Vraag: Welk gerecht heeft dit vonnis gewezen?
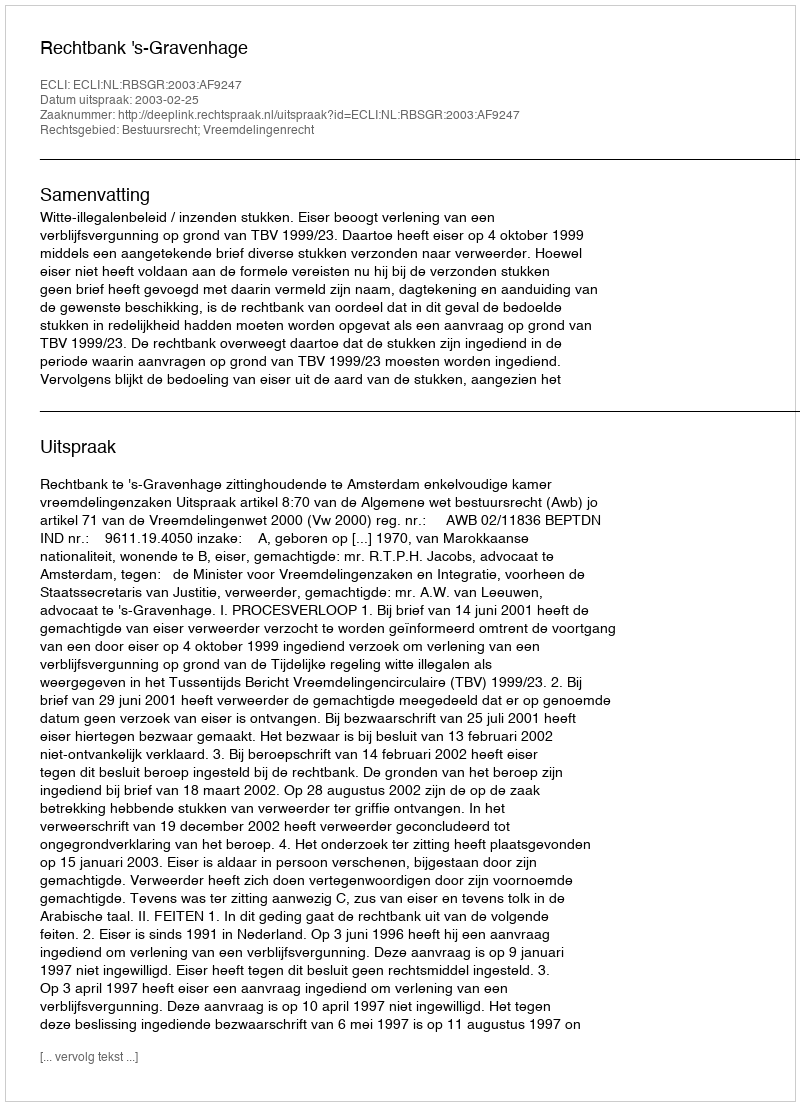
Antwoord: Rechtbank 's-Gravenhage